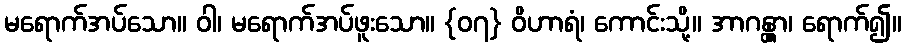
မရောက်အပ်သော။ ဝါ၊ မရောက်အပ်ဖူးသော။ {၀၇} ဝိဟာရံ၊ ကောင်းသို့။ အာဂန္တွာ၊ ရောက်၍။